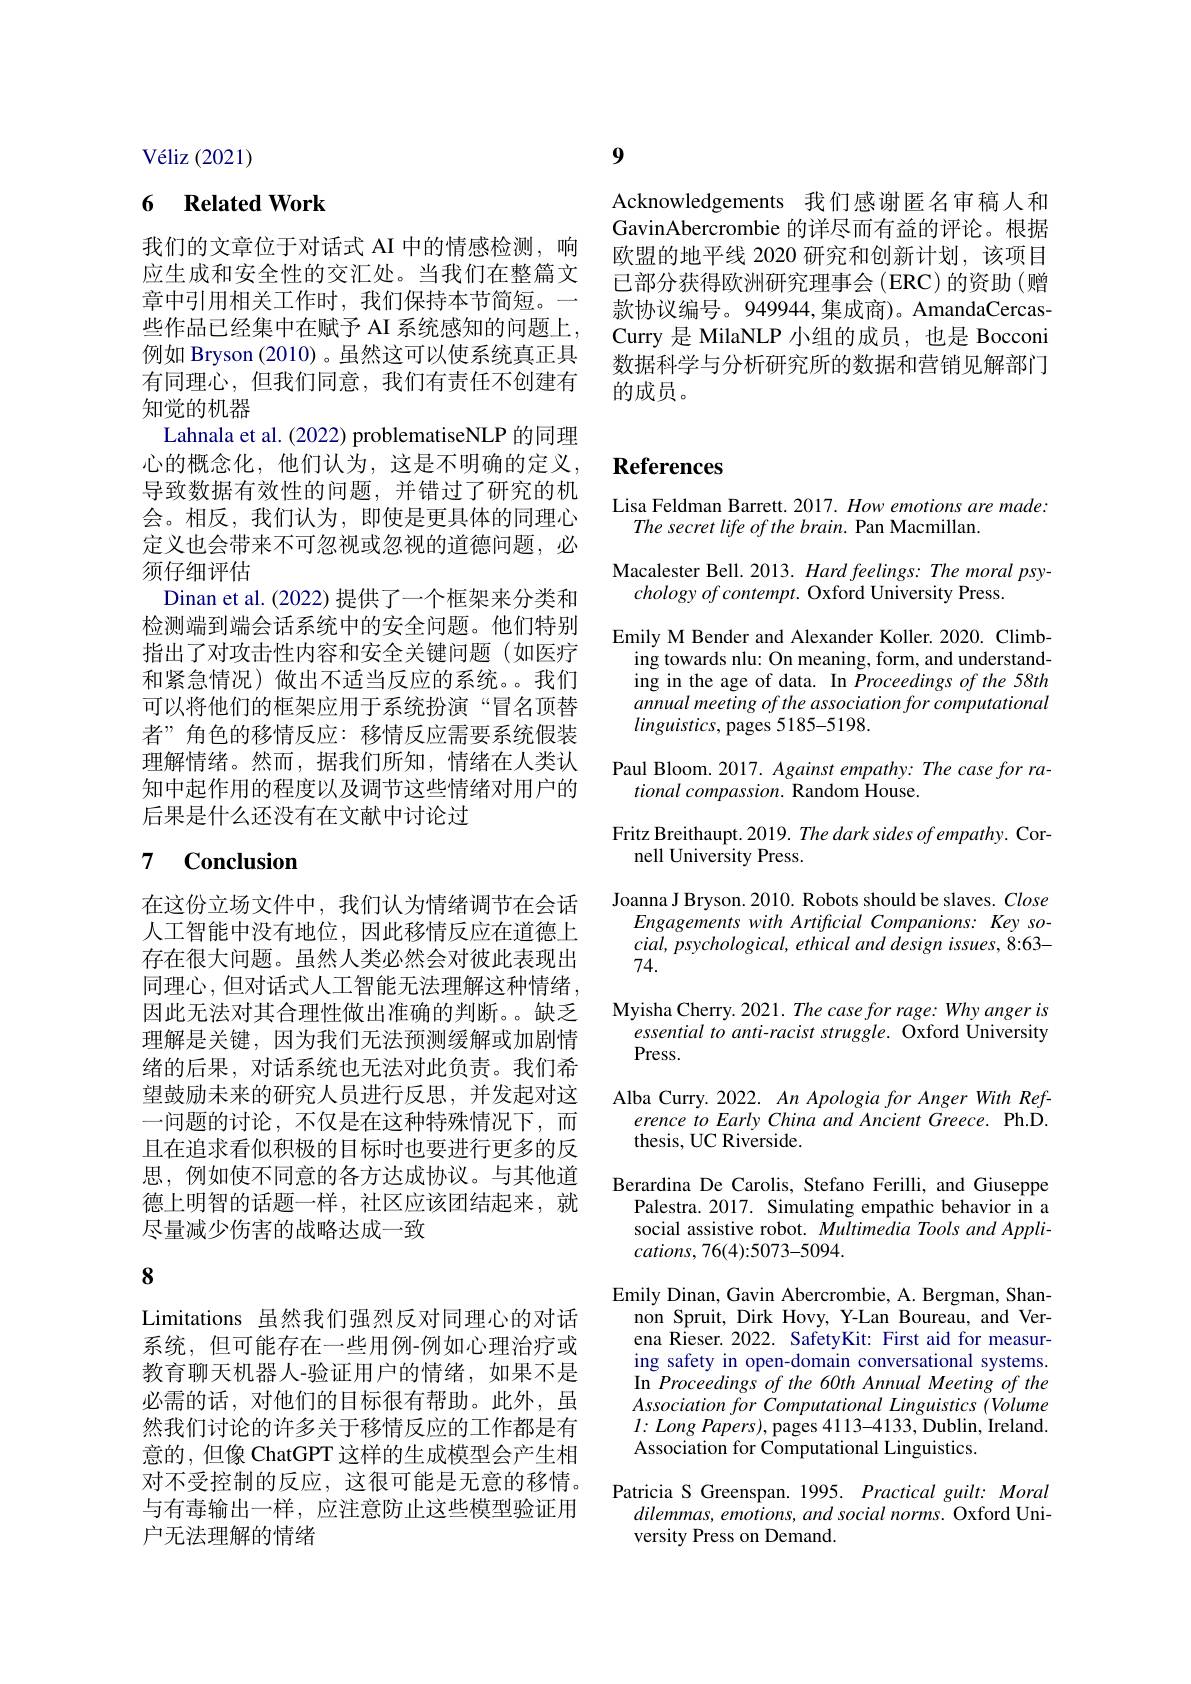
9

Acknowledgements 我们感谢匿名审稿人和GavinAbercrombie 的详尽而有益的评论。根据欧盟的地平线 2020 研究和创新计划，该项目已部分获得欧洲研究理事会(ERC)的资助(赠款协议编号。949944,集成商)。AmandaCercasCurry 是 MilaNLP 小组的成员，也是 Bocconi 数据科学与分析研究所的数据和营销见解部门的成员。

V$\acute{e}$liz ( 2021)

## 6 Related Work

我们的文章位于对话式 AI 中的情感检测，响应生成和安全性的交汇处。当我们在整篇文章中引用相关工作时，我们保持本节简短。一些作品已经集中在赋予 AI 系统感知的问题上， 例如 Bryson (2010)。虽然这可以使系统真正具有同理心，但我们同意，我们有责任不创建有知觉的机器
Lahnala et al. (2022) problematiseNLP 的同理心的概念化，他们认为，这是不明确的定义， 导致数据有效性的问题，并错过了研究的机会。相反，我们认为，即使是更具体的同理心定义也会带来不可忽视或忽视的道德问题，必须仔细评估
Dinan et al. (2022) 提供了一个框架来分类和检测端到端会话系统中的安全问题。他们特别指出了对攻击性内容和安全关键问题(如医疗和紧急情况)做出不适当反应的系统。我们可以将他们的框架应用于系统扮演“冒名顶替者”角色的移情反应：移情反应需要系统假装理解情绪。然而，据我们所知，情绪在人类认知中起作用的程度以及调节这些情绪对用户的后果是什么还没有在文献中讨论过

# 7 Conclusion

在这份立场文件中，我们认为情绪调节在会话人工智能中没有地位，因此移情反应在道德上存在很大问题。虽然人类必然会对彼此表现出同理心，但对话式人工智能无法理解这种情绪， 因此无法对其合理性做出准确的判断。。缺乏理解是关键，因为我们无法预测缓解或加剧情绪的后果，对话系统也无法对此负责。我们希望鼓励未来的研究人员进行反思，并发起对这一问题的讨论，不仅是在这种特殊情况下，而且在追求看似积极的目标时也要进行更多的反思，例如使不同意的各方达成协议。与其他道德上明智的话题一样，社区应该团结起来，就尽量减少伤害的战略达成一致

8

Limitations 虽然我们强烈反对同理心的对话系统，但可能存在一些用例-例如心理治疗或教育聊天机器人-验证用户的情绪，如果不是必需的话，对他们的目标很有帮助。此外，虽然我们讨论的许多关于移情反应的工作都是有意的，但像 ChatGPT 这样的生成模型会产生相对不受控制的反应，这很可能是无意的移情。与有毒输出一样，应注意防止这些模型验证用户无法理解的情绪

## References

Lisa Feldman Barrett. 2017. How emotions are made:
The secret life of the brain. Pan Macmillan.

Macalester Bell. 2013. Hard feelings: The moral psy-
chology of contempt. Oxford University Press.
Emily M Bender and Alexander Koller. 2020. Climb-
ing towards nlu: On meaning, form, and understanding in the age of data. In Proceedings of the 58th annual meeting of the association for computational $linguistics$, pages 5185-5198.
Paul Bloom. 2017. Against empathy: The case for ra-
tional compassion. Random House.
Fritz Breithaupt. 2019. The dark sides of empathy. Cor-
nell University Press.
Joanna J Bryson. 2010. Robots should be slaves. Close
Engagements with Artificial Companions: Key so- $cial,psychological,ethicalanddesignissues,8:63-$ 74.
Myisha Cherry. 2021. The case for rage: Why anger is
essential to anti-racist struggle. Oxford University
Press.
Alba Curry. 2022. An Apologia for Anger With Ref-
erence to Early China and Ancient Greece. Ph.D.
thesis, UC Riverside.
Berardina De Carolis, Stefano Ferilli, and Giuseppe
Palestra. 2017. Simulating empathic behavior in a social assistive robot. Multimedia Tools and Appli- $cations,76(4):5073-5094.$
Emily Dinan, Gavin Abercrombie, A. Bergman, Shan-
non Spruit, Dirk Hovy, Y-Lan Boureau, and Verena Rieser. 2022. SafetyKit: First aid for measuring safety in open-domain conversational systems. In Proceedings of the 60th Annual Meeting of the Association for Computational Linguistics (Volume $l:Long$ Papers), pages 4113-4133, Dublin, Ireland. Association for Computational Linguistics.
Patricia S Greenspan. 1995. Practical guilt: Moral
$dilemmas,emotions,andsocialnorms.$ Oxford Uni-
versity Press on Demand.